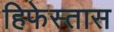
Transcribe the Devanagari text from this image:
हिफेस्तास